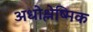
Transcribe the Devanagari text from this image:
अधोश्लेष्मिक